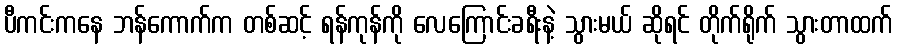
ပီကင်းကနေ ဘန်ကောက်က တစ်ဆင့် ရန်ကုန်ကို လေကြောင်းခရီးနဲ့ သွားမယ် ဆိုရင် တိုက်ရိုက် သွားတာထက်